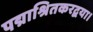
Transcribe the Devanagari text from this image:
पद्माश्रितकरद्वया।